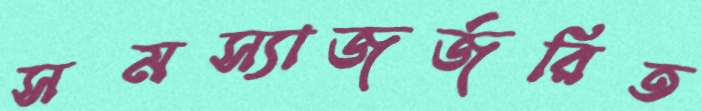
সমস্যাজর্জরিত